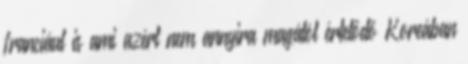
franciául is ami azért nem annyira magától értetődő Koreában